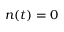
n ( t ) = 0